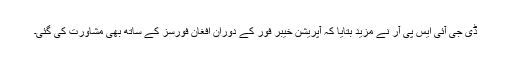
ڈی جی آئی ایس پی آر نے مزید بتایا کہ آپریشن خیبر فور کے دوران افغان فورسز کے ساتھ بھی مشاورت کی گئی۔